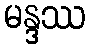
မန္ဒဿ